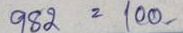
982 = 100